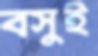
বসুই